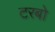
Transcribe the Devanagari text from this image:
टरबो